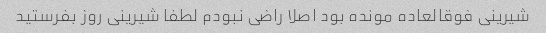
شیرینی فوقالعاده مونده بود اصلا راضی نبودم لطفا شیرینی روز بفرستید